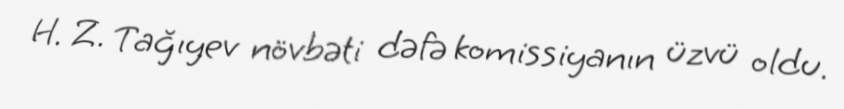
H. Z. Tağıyev növbəti dəfə komissiyanın üzvü oldu.